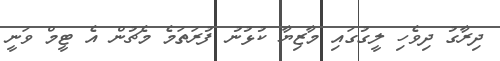
ދިރާގު ދިވެހި ލީގުގައި މާޒިޔާ ކުޅުނު ފުރަތަމެ މެޗުން އެ ޓީމް ވަނީ